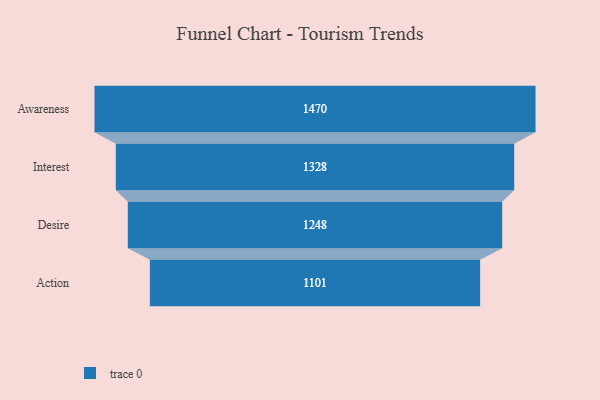
{"axis": {"x": "Stage", "y": "Value"}, "legend": [""], "data": [{"x": "Awareness", "y": 1470.0, "type": ""}, {"x": "Interest", "y": 1328.0, "type": ""}, {"x": "Desire", "y": 1248.0, "type": ""}, {"x": "Action", "y": 1101.0, "type": ""}]}